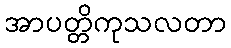
အာပတ္တိကုသလတာ